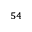
^ { 5 4 }